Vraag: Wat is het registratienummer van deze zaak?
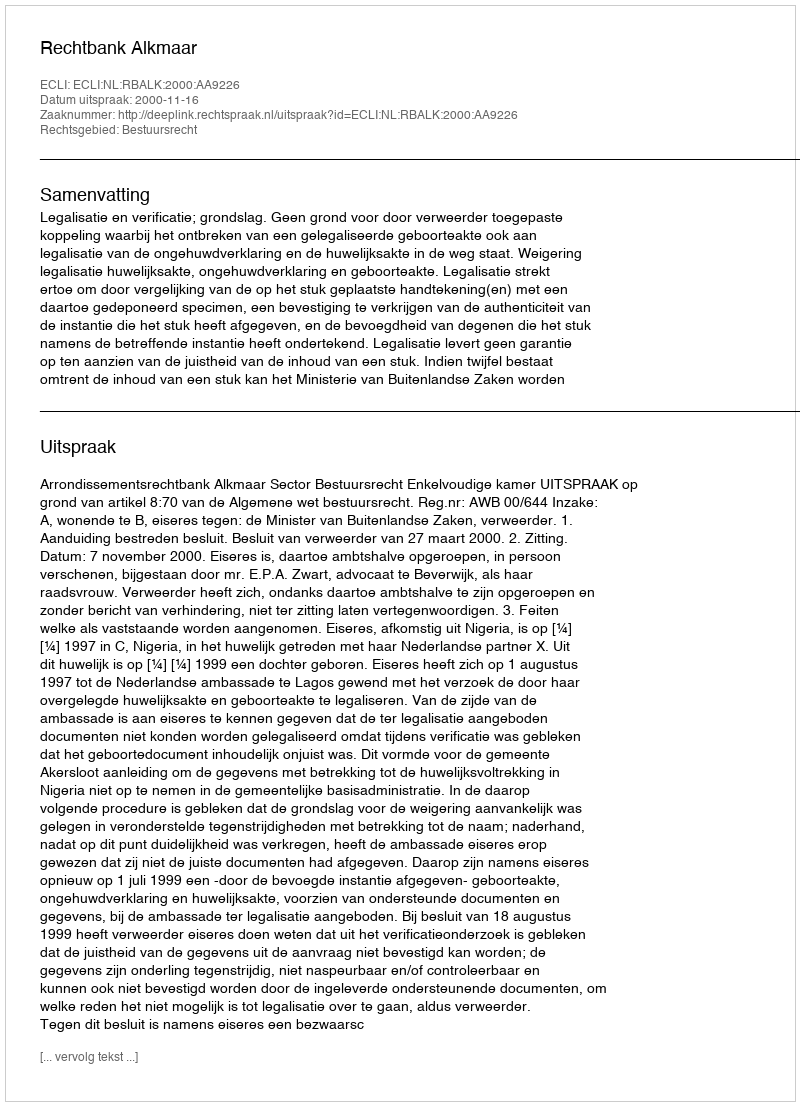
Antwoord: http://deeplink.rechtspraak.nl/uitspraak?id=ECLI:NL:RBALK:2000:AA9226